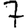
Digit: 7